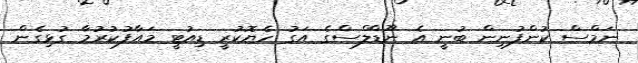
ނަމްސް ކުންފުނިން ބުނީ އެ ނޫޑްލްސްގެ އަގު ހެޔޮކުރީ ޑިއުޓީ މައާފުކުރުމާ ގުޅިގެން